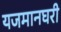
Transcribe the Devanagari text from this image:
यजमानघरी